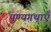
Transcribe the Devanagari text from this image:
पुण्यगथाएँ